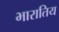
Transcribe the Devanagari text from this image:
भारातिय